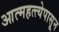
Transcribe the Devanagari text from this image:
आत्महत्त्येपासून